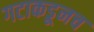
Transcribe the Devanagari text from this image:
गटाकडूनच